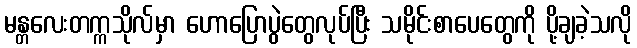
မန္တလေးတက္ကသိုလ်မှာ ဟောပြောပွဲတွေလုပ်ပြီး သမိုင်းစာပေတွေကို ပို့ချခဲ့သလို